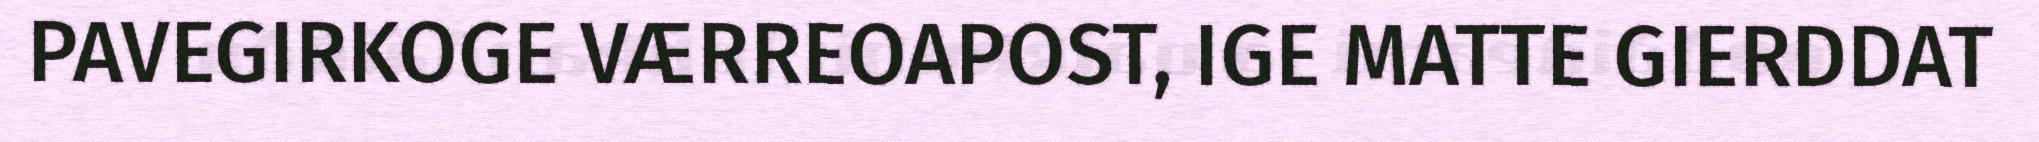
PAVEGIRKOGE VÆRREOAPOST, IGE MATTE GIERDDAT